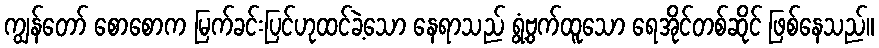
ကျွန်တော် စောစောက မြက်ခင်းပြင်ဟုထင်ခဲ့သော နေရာသည် ရွံ့ဗွက်ထူသော ရေအိုင်တစ်ဆိုင် ဖြစ်နေသည်။